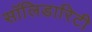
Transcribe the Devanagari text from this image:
सॉलिडारिटी